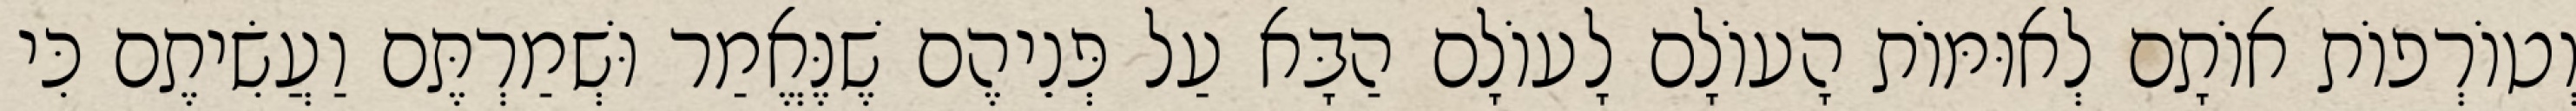
וְטוֹרְפוֹת אוֹתָם לְאוּמּוֹת הָעוֹלָם לָעוֹלָם הַבָּא עַל פְּנֵיהֶם שֶׁנֶּאֱמַר וּשְׁמַרְתֶּם וַעֲשִׂיתֶם כִּי